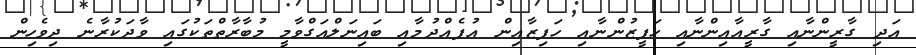
އަދި ގާރީންނާއި ގާރީއާއިންނާއި ހަފީޒުންނާއި ހަފިޒާއިން އުފެއްދުމާއި ބައިނަލްއަގްވާމީ މުބާރާތްތަކުގައި ވާދަކުރާނެ ދިވެހިން